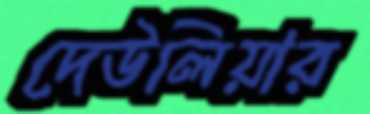
দেউলিয়ার